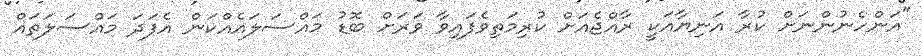
"އަންހެނުންނަށް ކުރާ އަނިޔާއަކީ ރާއްޖެއަށް ކުރިމަތިވެފައިވާ ވަރަށް ބޮޑު މައްސަލައެއްކަން އެފަދަ މައްސަލަތައް